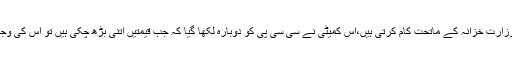
یہ کمیٹی وزارت خزانہ کے ماتحت کام کرتی ہیں،اس کمیٹی نے سی سی پی کو دوبارہ لکھا گیا کہ جب قیمتیں اتنی بڑھ چکی ہیں تو اس کی وجہ کیا ہے؟